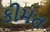
કીમત